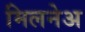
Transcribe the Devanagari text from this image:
मिलनेअ